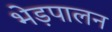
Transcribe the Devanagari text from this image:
भेड़पालन